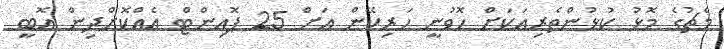
މެޗުގެ މޮޅު ކުޅުންތެރިއަކަށް ހޮވުނީ ހަރިކޭން އަށް 25 ޕޮއިންޓް އެއްކޮށްދިން އޮބީ